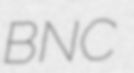
BNC